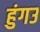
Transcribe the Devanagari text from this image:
हुंगउ